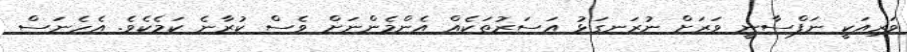
ވަރިއަކީ ނަފްސާނީ ވަރަށް ނުރަނގަޅު އަސަރުތަކެއް އެންމެންނަށް ވެސް ކުރާނެ ކަމެކެވެ. އެހެނަސް